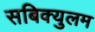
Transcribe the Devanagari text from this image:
सबिक्युलम